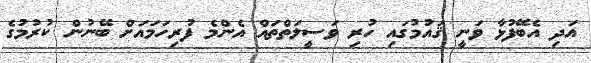
އަދި އެބޭފުޅާ ވަނީ ޤައުމުގައި ހުރި ވަސީލަތްތައް އެންމެ ފުރިހަމައަށް ބޭނުން ކުރުމުގެ